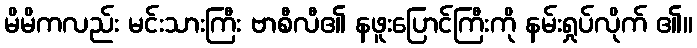
မိမိကလည်း မင်းသားကြီး ဗာစီလီ၏ နဖူးပြောင်ကြီးကို နမ်းရှုပ်လိုက် ၏။